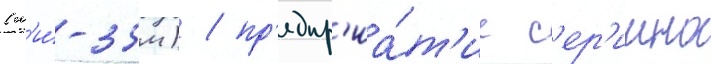
(м'и́-35м) / пр'едпр'иа́т'ие с'ер'иино